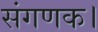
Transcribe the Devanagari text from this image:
संगणक।